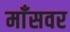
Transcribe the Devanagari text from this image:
माँसवर